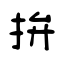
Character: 拚